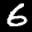
Label: 6